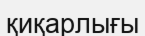
қиқарлығы